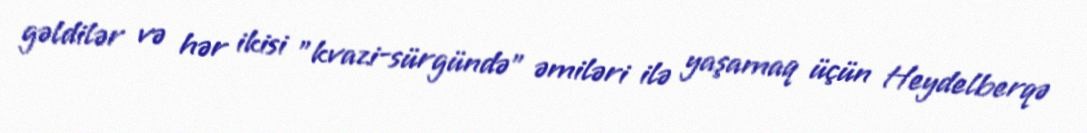
gəldilər və hər ikisi "kvazi-sürgündə" əmiləri ilə yaşamaq üçün Heydelberqə